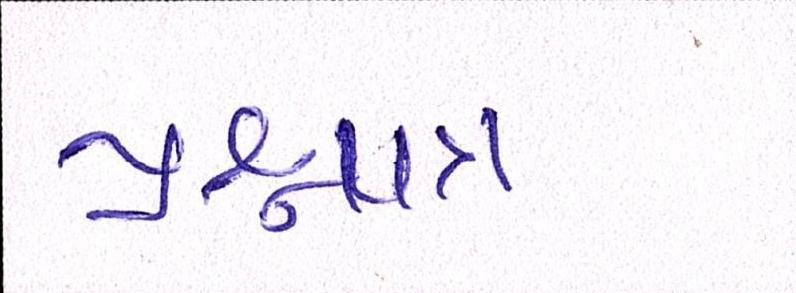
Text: પ્રશ્નપત્ર